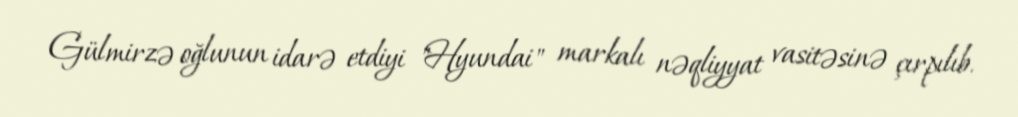
Gülmirzə oğlunun idarə etdiyi "Hyundai" markalı nəqliyyat vasitəsinə çırpılıb.